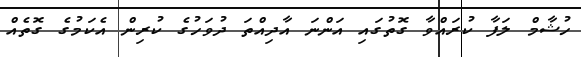
ހުޝާމް ލަފާ ކުރައްވާ ގޮތުގައި އަންނަ އާދިއްތަ ދުވަހުގެ ކުރިން އެކަމުގެ ގޮތެއް